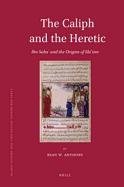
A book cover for The Caliph and the Heretic: Ibn Saba and the Origins of Shiism (Islamic History and Civilization); Sean W. Anthony; Religion & Spirituality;